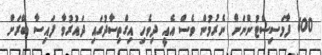
600 ފާމަސިސްޓުންނަށް ނެރުމުން ވެސް އެއީ ދިވެހި އިގްތިސާދުގައި ދައުރުވާ ފައިސާ ބޭރަށް